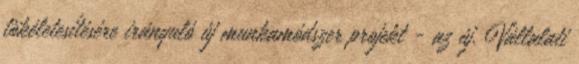
tökéletesítésére irányuló új munkamódszer projekt - az új. Vállalati